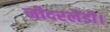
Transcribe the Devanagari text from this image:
नीदरलैंडी।